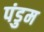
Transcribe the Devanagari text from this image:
पंडुम